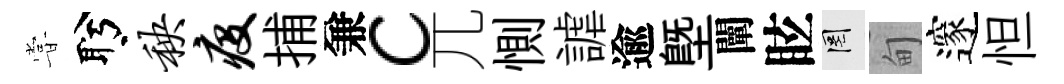
甞盻秧疫捕兼c兀惻謔逾塈闡眩罔甸邃怛